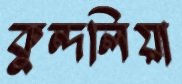
কুন্দলিয়া